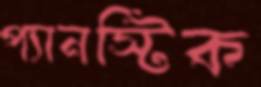
প্যানস্টিক